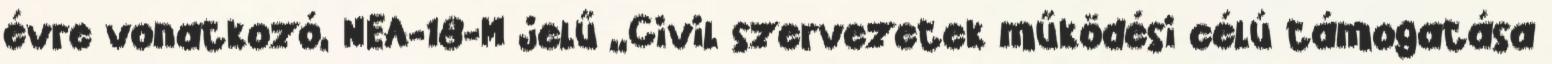
évre vonatkozó, NEA-18-M jelű „Civil szervezetek működési célú támogatása